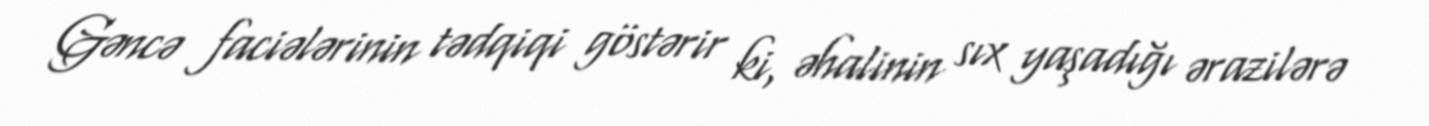
Gəncə faciələrinin tədqiqi göstərir ki, əhalinin sıx yaşadığı ərazilərə